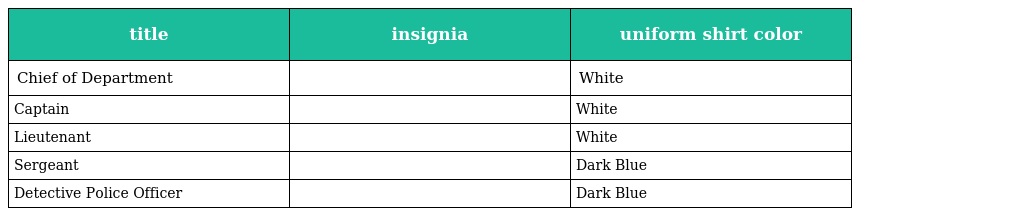
| title | insignia | uniform shirt color |
 | --- | --- | --- |
 | Chief of Department |  | White |
 | Captain |  | White |
 | Lieutenant |  | White |
 | Sergeant |  | Dark Blue |
 | Detective Police Officer |  | Dark Blue |